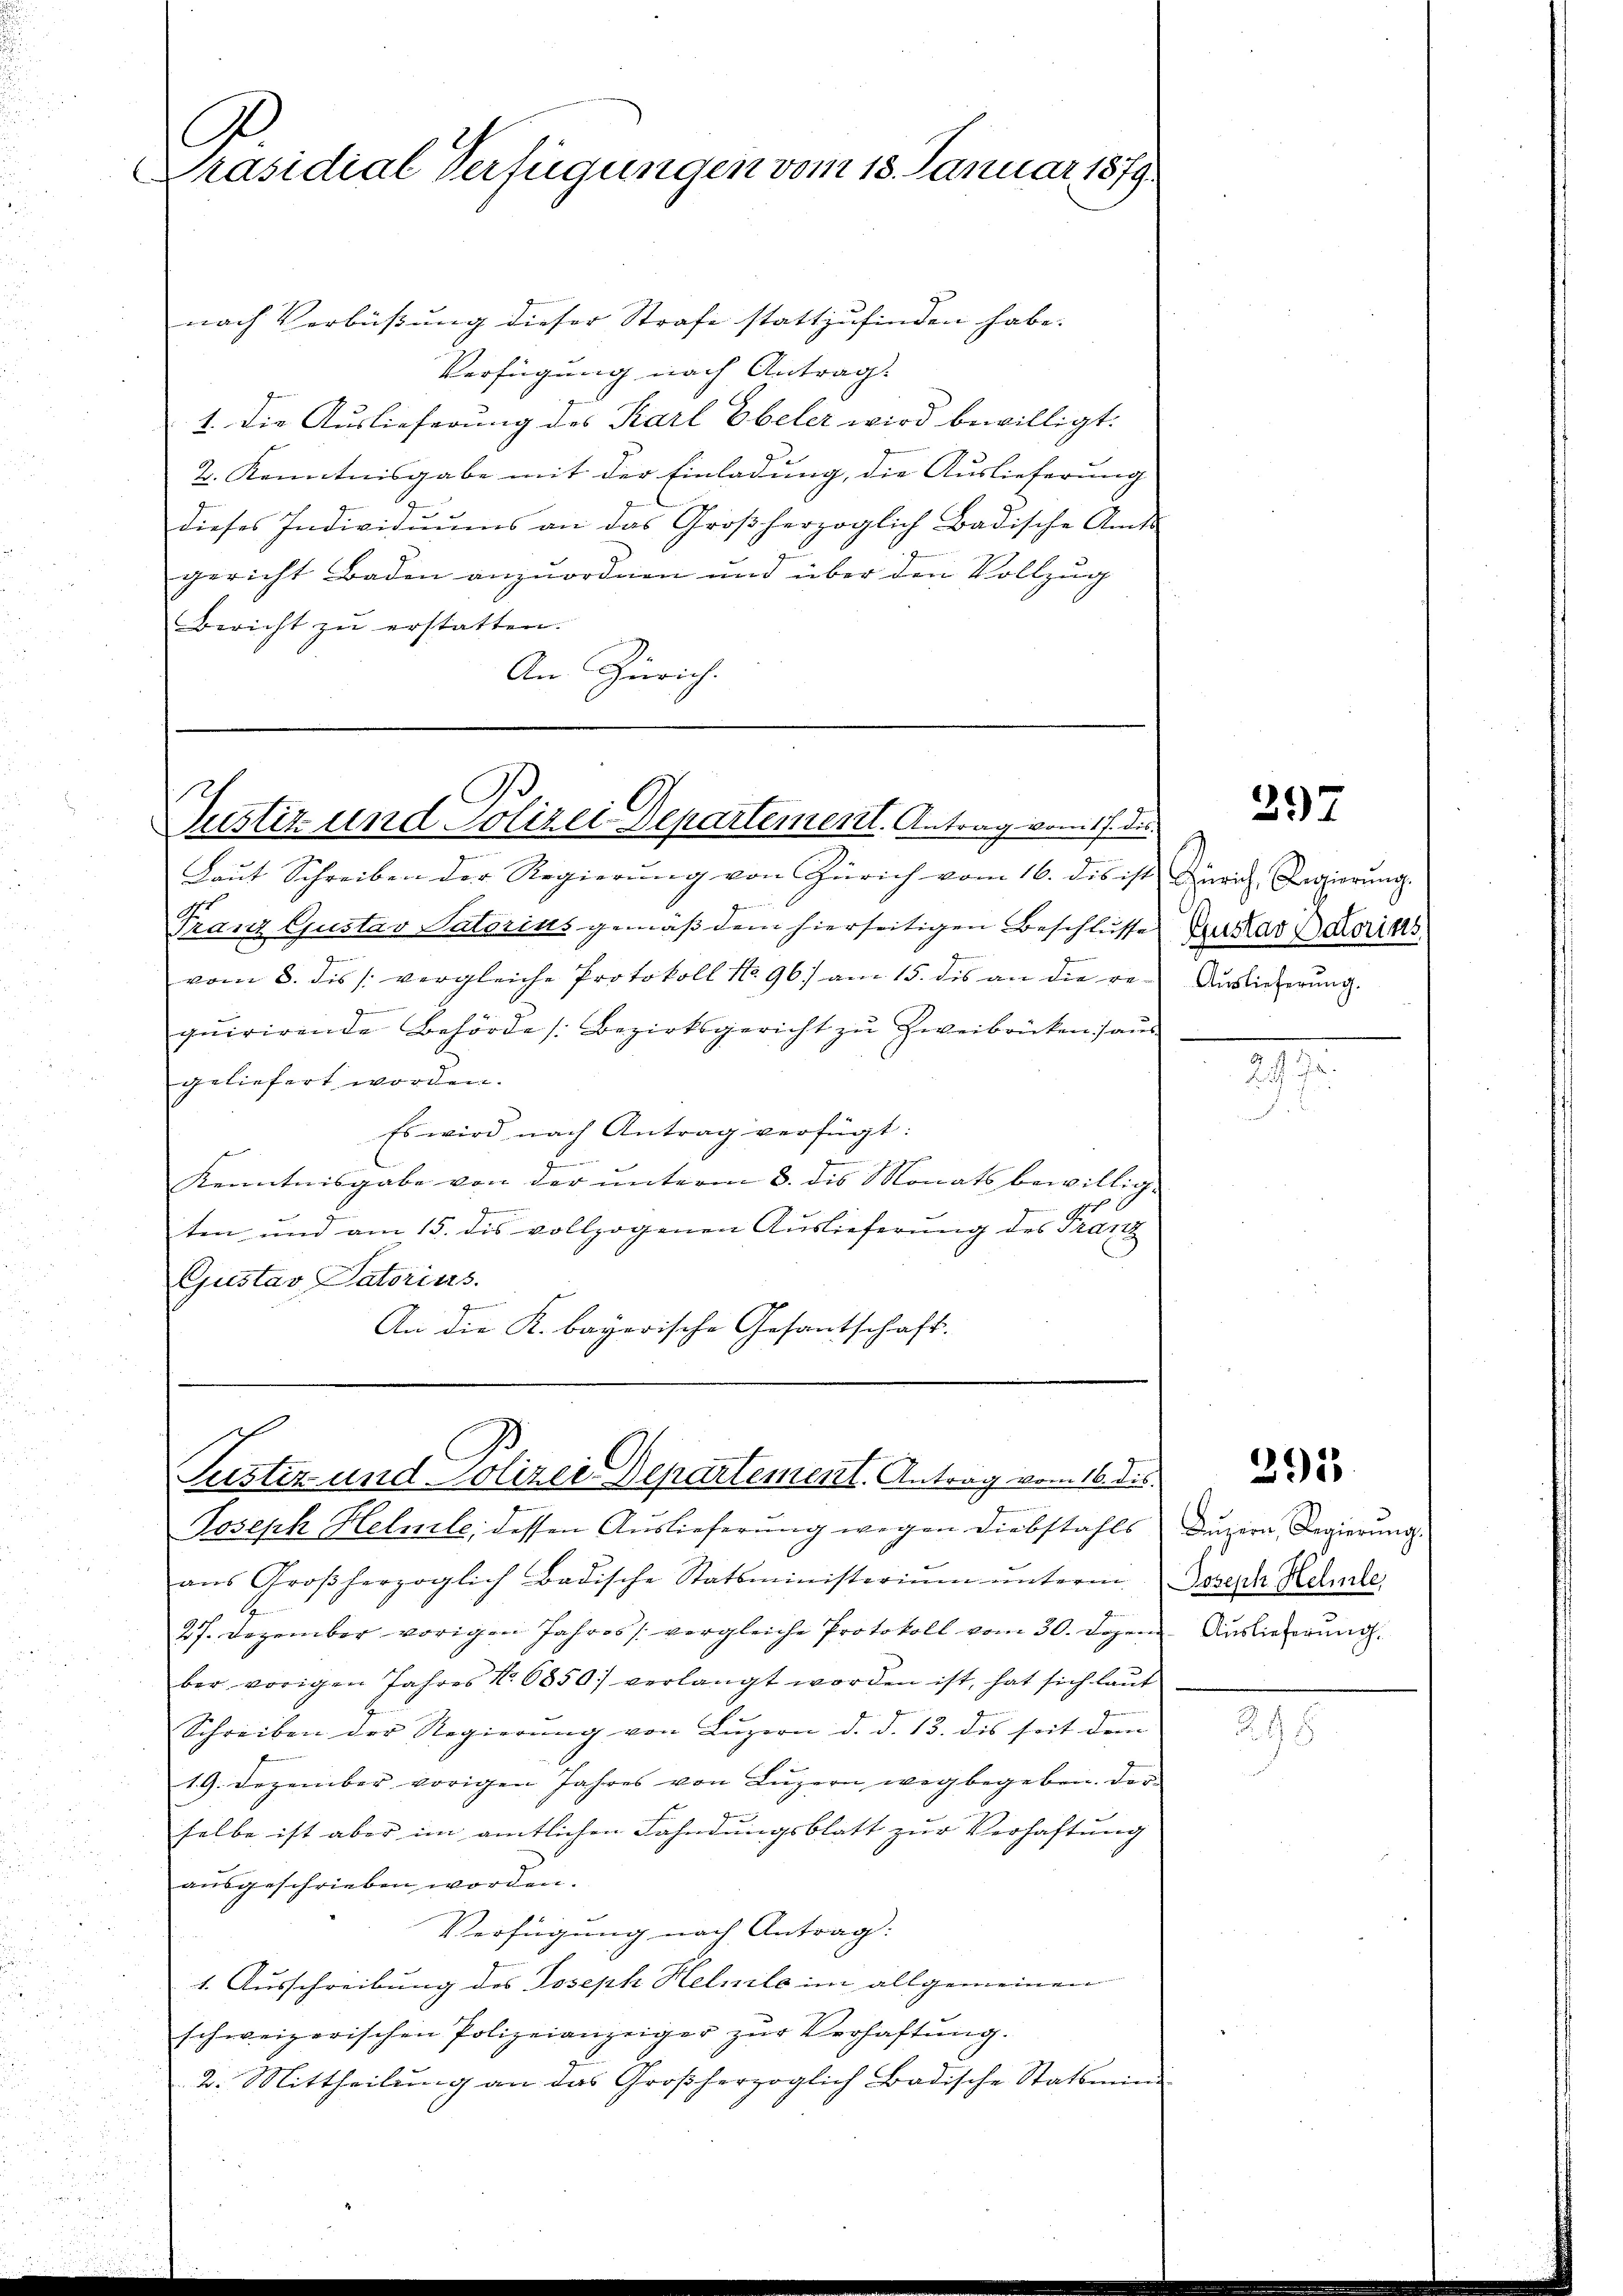
A
Präsidial Verfügungen vom 18. Januar 1879.

nach Verbüßung dieser Strafe stattzufinden habe.
Verfügung nach Antrag.
1. Die Auslieferung des Karl Ebeler wird bewilligt:
2. Kenntnisgabe mit der Einladung, die Auslieferung
dieses Individuums an das Großherzoglich Badische Amts-
gericht Baden anzuordnen und über den Vollzug
Bericht zŭ erstatten.
An Zürich.

o
Justiz und Polizei Departement. Antrag vom 17. ds.

Laut Schreiben der Regierung von Zürich vom 16. dis ist Zürich Regierung
.
Franz Gustav Satorius gemäß dem hierseitigen Beschlüsse
vom 8. dis /: vergleiche Protokoll No 96) am 15. dis an die re-
qŭirirende Behörde (Bezirksgericht zŭ Zweibrückens am
geliefert worden.
Es wird nach Antrag verfügt:
ch eine
F
Kenntnisgabe von der ŭnterm 3. des Monats bewillig.
ten und am 15. dis vollzogenen Auslieferung des Franz
Gjustav Datorius.
An die K. bayerische Gesantschaft.
aŭs Großherzoglich Badische Statsministeriŭm ŭnterm Schern Kelle
27. Dezember vorigen Jahres /: vergleiche Protokoll vom 30. Dezem
ber vorigen Jahres No. 6850 verlangt worden ist, hat sich laŭt
J
Schreiben der Regierŭng von Lŭzern d. d. 13. des seit dem
19. Dezember vorigen Jahres von Lŭzern wegbegeben. Der
selbe ist aber im amtlichen Fahndungsblatt zur Verhaftung
ausgeschrieben worden.
g
Verfügung nach Antrag:
1. Ausschreibung des Joseph Helmle im allgemeinen
schweizerischen Polizeianzeiger zur Verhaftung.
2. Mittheilung an das Großherzoglich Badische Statsmin

Justiz und Polizei Departement. Antrag vom 16. ds.
Joseph Helmile; dessen Auslieferung wegen Diebstahls

397

Gustav Datorists
Auslieferung.

291

Lŭzern, Regierung.
Auslieferung.